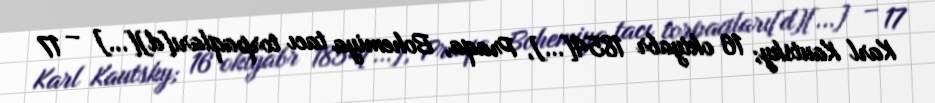
Karl Kautsky; 16 oktyabr 1854[…], Praqa, Bohemiya tacı torpaqları[d][…] – 17